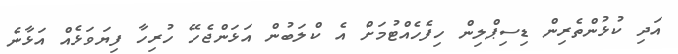
އަދި ކުޅުންތެރިން ޑިސިޕްލިން ހިފެހެއްޓުމަށް އެ ކްލަބުން އަޅަންޖެހޭ ހުރިހާ ފިޔަވަޅެއް އަޅާނެ